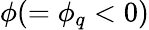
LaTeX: \phi(=\phi_{q}<0)